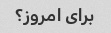
برای امروز؟